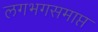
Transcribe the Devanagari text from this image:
लगभगसमाप्त